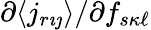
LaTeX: \partial\langle j_{r{\imath\jmath}}\rangle/\partial f_{s{\kappa\ell}}